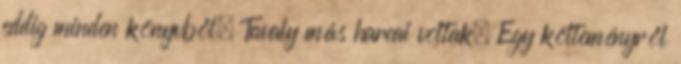
eddig minden könyvből. Tavaly más harcai voltak. Egy költeményről